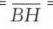
$\overline{BH}$